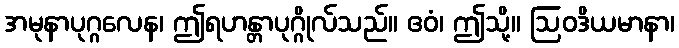
အမုနာပုဂ္ဂလေန၊ ဤရဟန္တာပုဂ္ဂိုလ်သည်။ ဧဝံ၊ ဤသို့။ ဩဝဒိယမာနာ၊